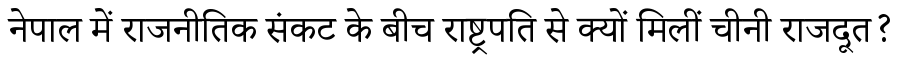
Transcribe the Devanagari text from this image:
नेपाल में राजनीतिक संकट के बीच राष्ट्रपति से क्यों मिलीं चीनी राजदूत?